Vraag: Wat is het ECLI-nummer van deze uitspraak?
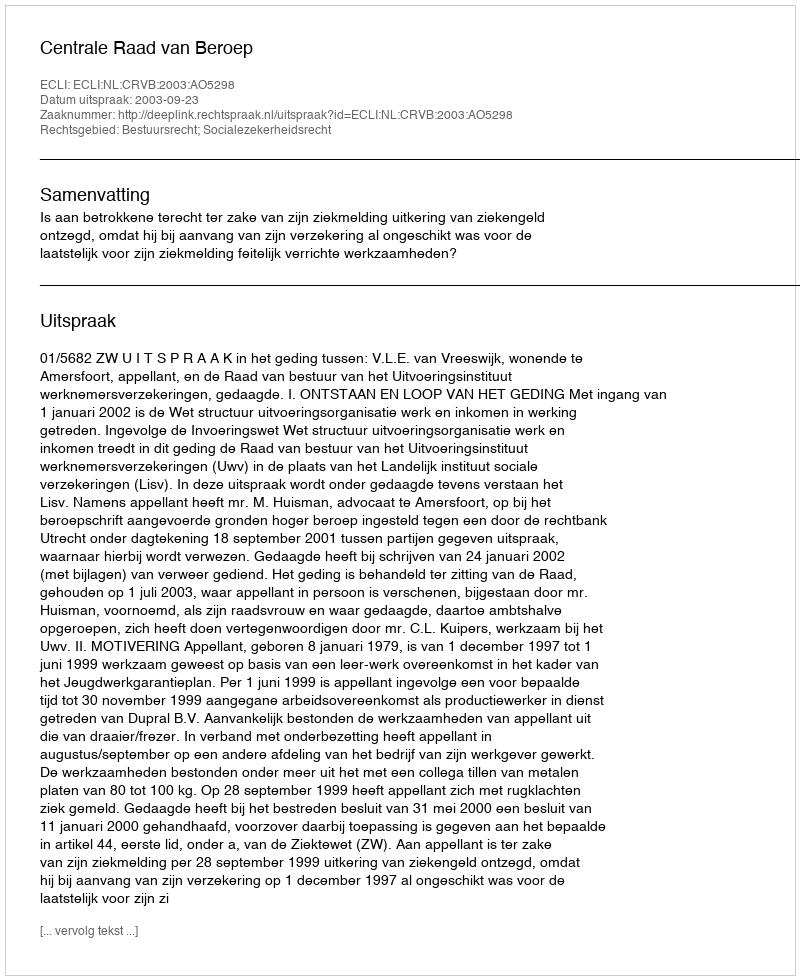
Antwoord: ECLI:NL:CRVB:2003:AO5298